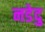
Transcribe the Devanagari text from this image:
नडेदु